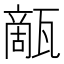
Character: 甋